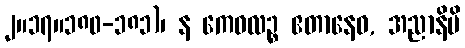
၂။၁၇။၁၈၀-၁၈၁)၊ န ကေဝလဉ္စ ဧတာနေဝ, အညာနိပိ